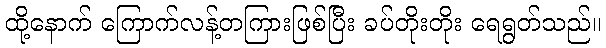
ထို့နောက် ကြောက်လန့်တကြားဖြစ်ပြီး ခပ်တိုးတိုး ရေရွတ်သည်။